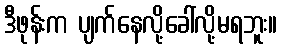
ဒီဖုန်းက ပျက်နေလို့ခေါ်လို့မရဘူး။